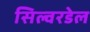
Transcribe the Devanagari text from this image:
सिल्वरडेल